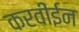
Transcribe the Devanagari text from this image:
करवीईन